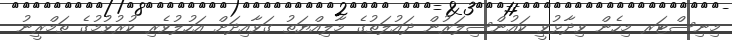
މިނިސްޓަރ މިހެން ވިދާޅުވީ ކައުންސިލަރުން ދައުލަތުގެ މާލިއްޔަތު ގަވާއިދަށް އަހުލުވެރި ކުރުވުމުގެ ތަމްރީނު